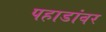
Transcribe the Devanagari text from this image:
पहाडांवर